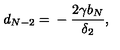
d _ { N - 2 } = { } - \frac { 2 \gamma b _ { N } } { \delta _ { 2 } } ,